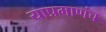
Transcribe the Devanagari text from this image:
याप्रमाणंच